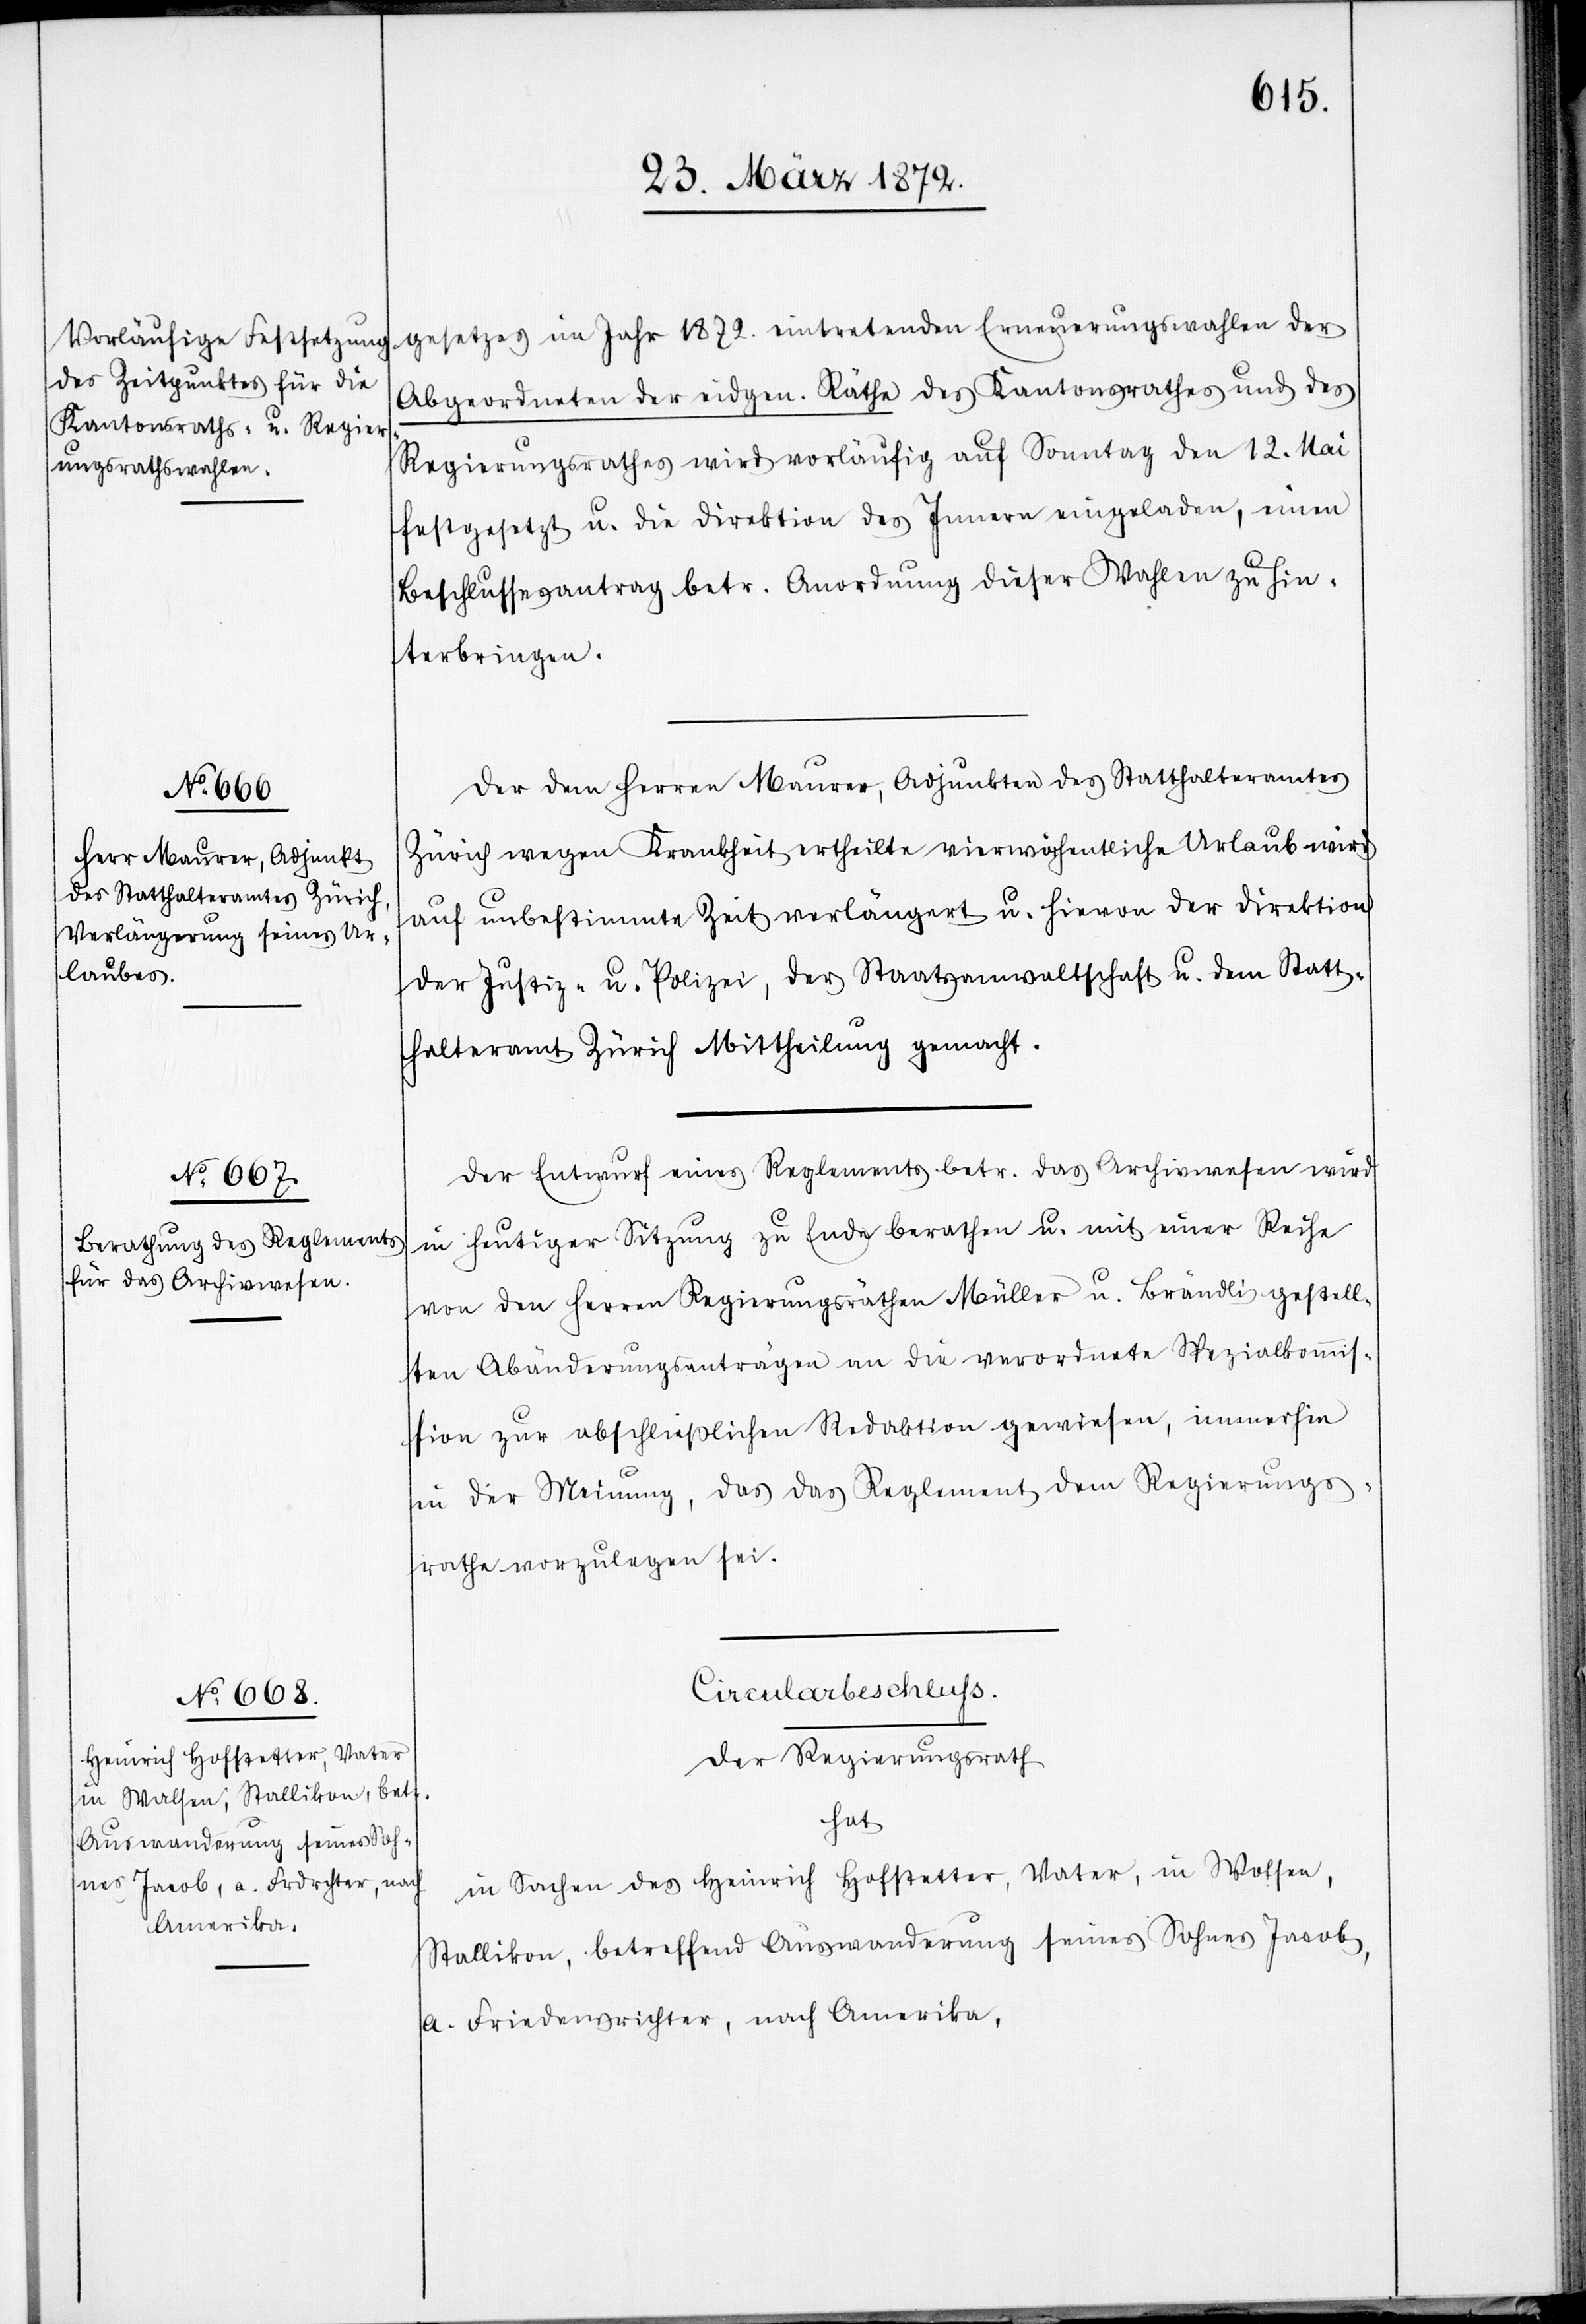
gesetzes im Jahr 1872. eintretenden Erneuerungswahlen der
Abgeordneten der eidgen. Räthe des Kantonsrathes und des
Regierungsrathes wird vorläufig auf Sonntag den 12. Mai
festgesetzt u. die Direktion des Innern eingeladen, einen
Beschlussesantrag betr. Anordnung dieser Wahlen zu hin¬
terbringen.
Der dem Herren Maurer, Adjunkten des Statthalteramtes
Zürich wegen Krankheit ertheilte vierwöchentliche Urlaub wird
auf unbestimmte Zeit verlängert u. hievon der Direktion
der Justiz- u. Polizei, der Staatsanwaltschaft u. dem Statt¬
halteramt Zürich Mittheilung gemacht.
Der Entwurf eines Reglements betr. das Archivwesen wird
in heutiger Sitzung zu Ende berathen u. mit einer Reihe
von den Herren Regierungsräthen Müller u. Brändli gestell¬
ten Abänderungsanträgen an die verordnete Spezialkommis¬
sion zur abschließlichen Redaktion gewiesen, immerhin
in der Meinung, das [sic!] das Reglement dem Regierungs¬
rathe vorzulegen sei.
Circularbeschluss
Der Regierungsrath
hat
in Sachen des Heinrich Hofstetter, Vater, in Wolsen
Stallikon, betreffend Auswanderung seines Sohnes Jacob,
a. Friedensrichter, nach Amerika,